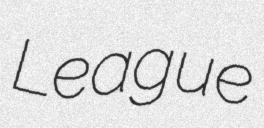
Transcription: League